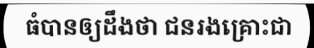
ធំបានឲ្យដឹងថា ជនរងគ្រោះជា